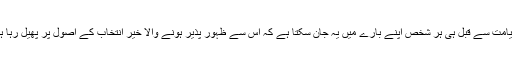
تاہم ایک ذریعہ ایسا ہے کہ قیامت سے قبل ہی ہر شخص اپنے بارے میں یہ جان سکتا ہے کہ اس سے ظہور پذیر ہونے والا خیر انتخاب کے اصول پر پھیل رہا ہے یا استعمال کے اصول پر۔